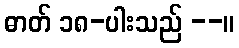
ဓာတ် ၁၈-ပါးသည် --။